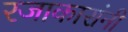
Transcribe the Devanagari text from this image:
रजाकारांनी